Indian journal of veterinary science and animal husbandry - Volumes 26-27, 1956-1957
Year: 1956
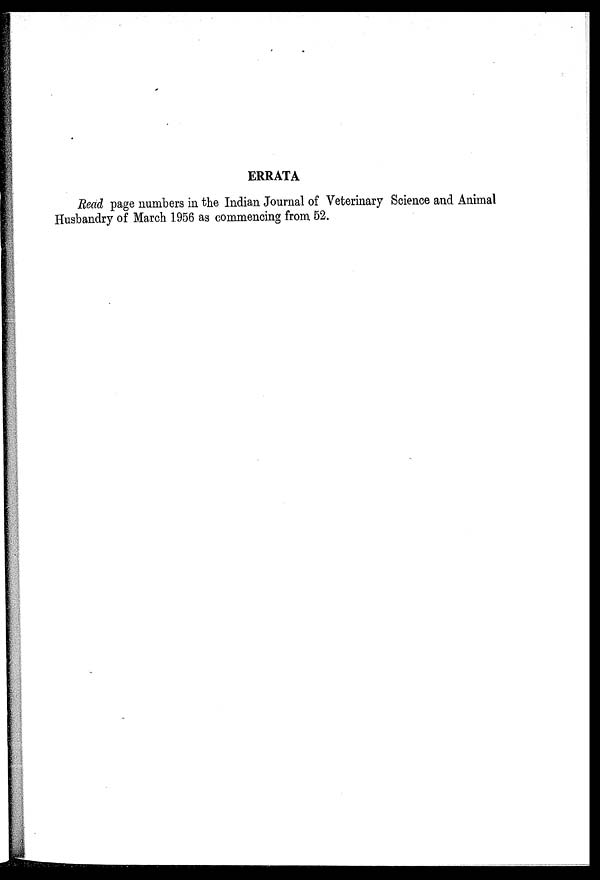
ERRATA
Read page numbers in the Indian Journal of Veterinary Science and Animal
Husbandry of March 1956 as commencing from 52.